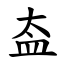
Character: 盇